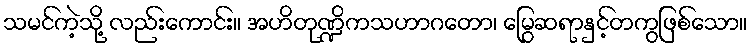
သမင်ကဲ့သို့ လည်းကောင်း။ အဟိတုဏ္ဍိကသဟာဂတော၊ မြွေဆရာနှင့်တကွဖြစ်သော။